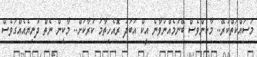
މަސައްކަތްކުރޭ.. މާކިންވެސް ބޭނުމެއްނުވާނެ އީކް އަބަދު ރޮއެހިތާމަ ކުރާކަށް.. މާކިން ނެތް ދުނިޔެއެއްގަވެސް